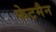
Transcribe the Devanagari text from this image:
फेटमैन